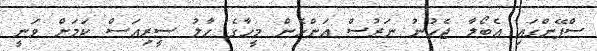
ސްޕޭންގައި އެބޯލާ ޖެހުނު ނަރުސް އަންހެން މީހާގެ ހާލު ސީރިއަސް ކަމަށް ވަނީ